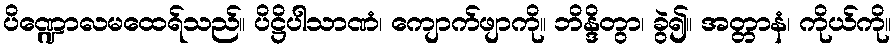
ပိဏ္ဍောလမထေရ်သည်။ ပိဋ္ဌိပါသာဏံ၊ ကျောက်ဖျာကို။ ဘိန္ဒိတွာ၊ ခွဲ၍။ အတ္တာနံ၊ ကိုယ်ကို။